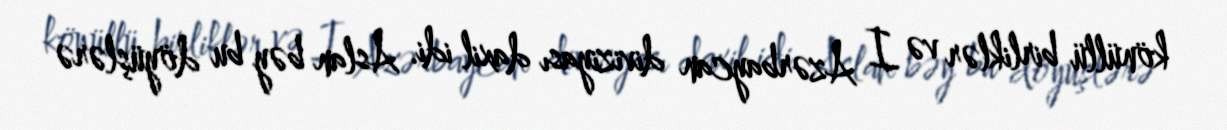
könüllü birliklər və I Azərbaycan diviziyası daxil idi. Aslan bəy bu döyüşlərə